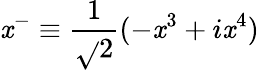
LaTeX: \mathit{x}^{-}\equiv\frac{{1}}{{\sqrt{}{{2}}}}(-\mathit{x}^{3}+i\mathit{x}^{4})